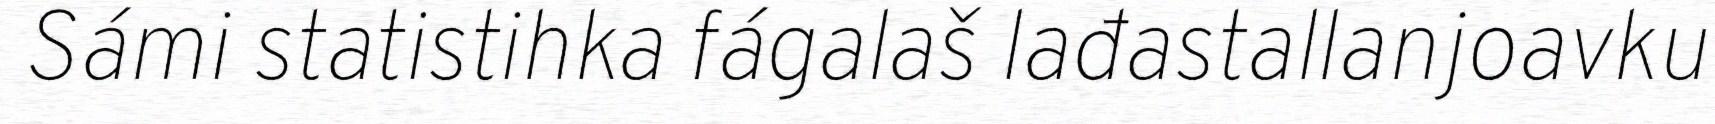
Sámi statistihka fágalaš lađastallanjoavku